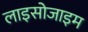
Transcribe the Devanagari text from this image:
लाइसोजाइम